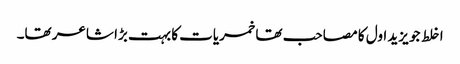
اخلط جو یزید اول کا مصاحب تھا خمریات کا بہت بڑا شاعر تھا۔